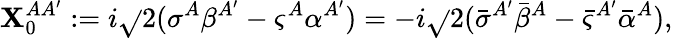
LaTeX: \mathbf{X}_{0}^{A{A^{\prime}}}:=i{\sqrt{}{2}}(\sigma^{A}\beta^{A^{\prime}}-\varsigma^{A}\alpha^{A^{\prime}})=-i{\sqrt{}{2}}({\bar{{\sigma}}}^{A^{\prime}}{\bar{{\beta}}}^{A}-{\bar{{\varsigma}}}^{A^{\prime}}{\bar{{\alpha}}}^{A}),